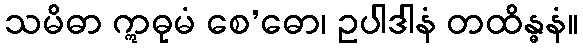
သမိဓာ ဣဓုမံ စေ’ဓော၊ ဥပါဒါနံ တထိန္ဓနံ။